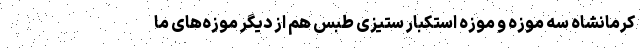
کرمانشاه سه موزه و موزه استکبار ستیزی طبس هم از دیگر موزه‌های ما